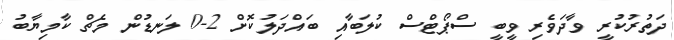
ދަތުރުކުރީ ވާދަވެރި ވީބީ ސްޕޯޓްސް ކުލަބާއި ބައްދަލުކޮށް 2-0 ލަނޑުން މެޗް ކާމިޔާބު